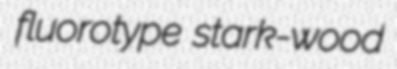
fluorotype stark-wood